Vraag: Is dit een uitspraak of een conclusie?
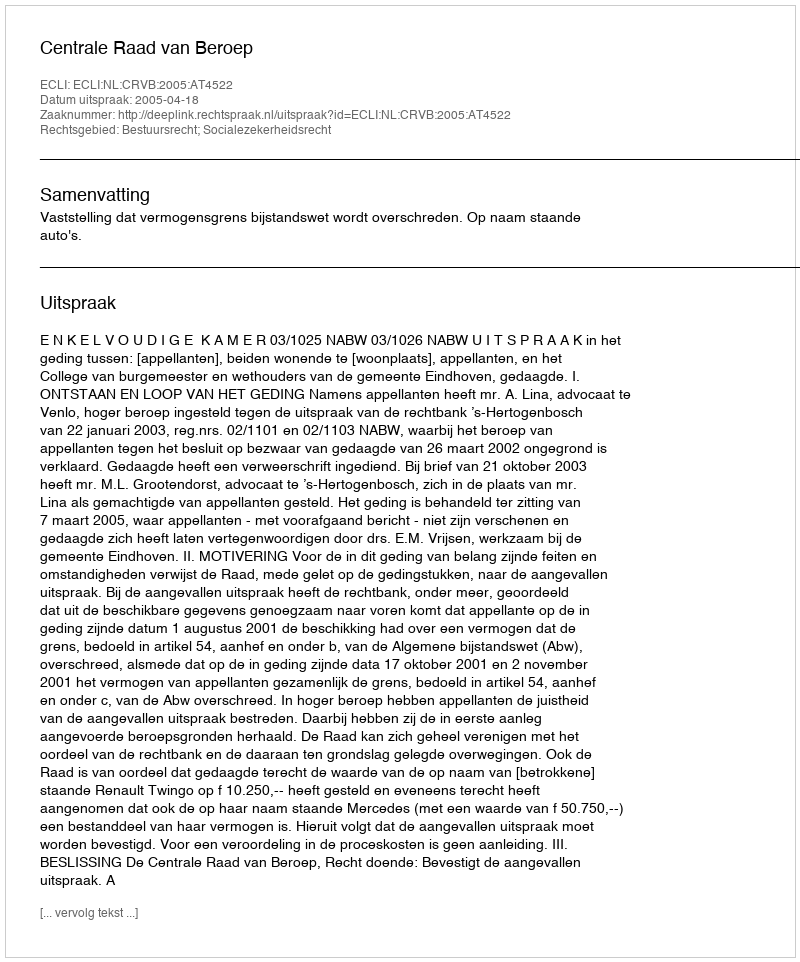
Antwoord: Uitspraak